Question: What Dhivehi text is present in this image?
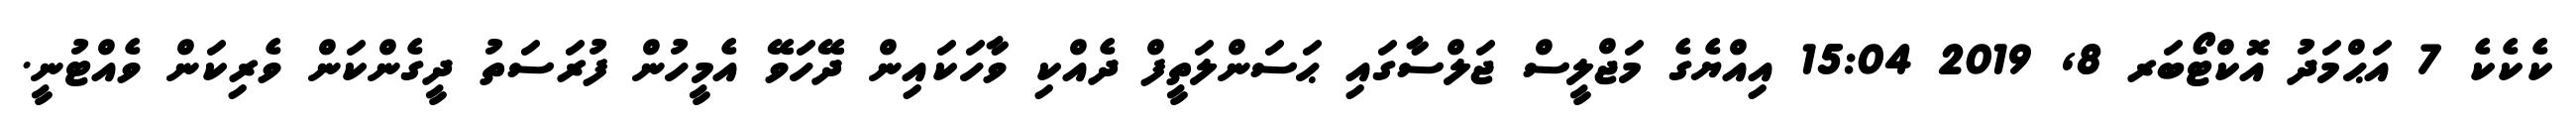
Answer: ކެކެކެ 7 އަޙްމަދު އޮކްޓޯބަރ 8, 2019 15:04 އިއްޔެގެ މަޖްލީސް ޖަލްސާގައި ޙަސަންލަތީފް ދެއްކި ވާހަކައިން ދޭހަވޭ އެމީހުން ފުރަސަތު ދީގެންކަން ވެރިކަން ވެއްޓުނީ.